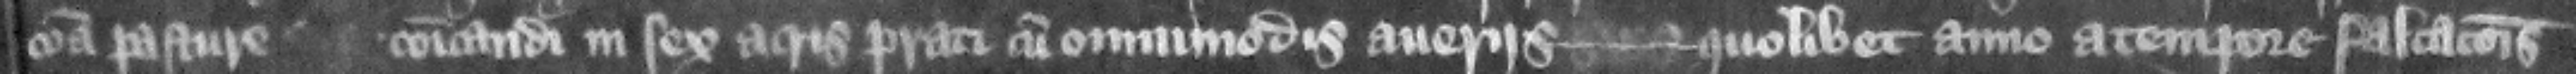
communa pasture communicandi in sex acris prati cum omnimodis auseris --- quolibet anno a tempore falcacionis